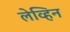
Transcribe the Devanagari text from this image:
लेव्हिन